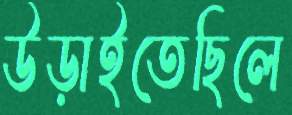
উড়াইতেছিলে